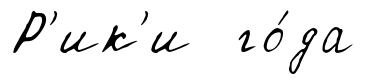
Р'ик'и го́да